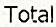
TOTAL